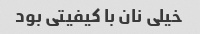
خیلی نان با کیفیتی بود